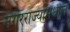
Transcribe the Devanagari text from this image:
नगरराज्यामधील